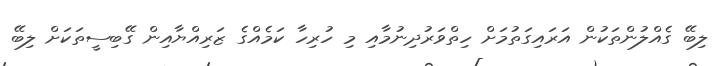
ލިބޭ ގެއްލުންތަކުން އަރައިގަތުމަށް ހިތްވަރުދިނުމާއި މި ހުރިހާ ކަމެއްގެ ޒަރިއްޔާއިން ގޭބިސީތަކަށް ލިބޭ